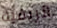
الريفية